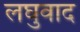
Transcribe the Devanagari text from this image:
लघुवाद